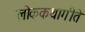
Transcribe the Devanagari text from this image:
लोककथागीते